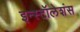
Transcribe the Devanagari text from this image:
इन्स्टॉलेशंस